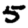
Digit: 5